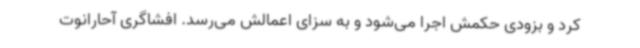
کرد و بزودی حکمش اجرا می‌شود و به سزای اعمالش می‌رسد. افشاگری آحارانوت